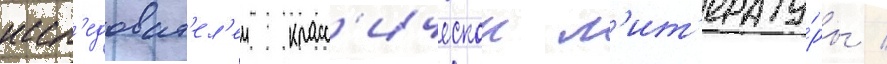
иссл'едоват'ел'еи класс'ическои л'ит'ерату́ры /